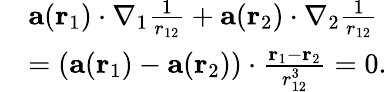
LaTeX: \begin{array}{rl}&{\mathbf{a}(\mathbf{r}_{1})\cdot\nabla_{1}\frac{1}{r_{12}}+\mathbf{a}(\mathbf{r}_{2})\cdot\nabla_{2}\frac{1}{r_{12}}}\\ &{=\left(\mathbf{a}(\mathbf{r}_{1})-\mathbf{a}(\mathbf{r}_{2})\right)\cdot\frac{\mathbf{r}_{1}-\mathbf{r}_{2}}{r_{12}^{3}}=0.}\end{array}